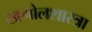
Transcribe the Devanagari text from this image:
खगोलशास्त्रा